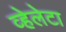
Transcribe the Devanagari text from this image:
व्हेलेटा